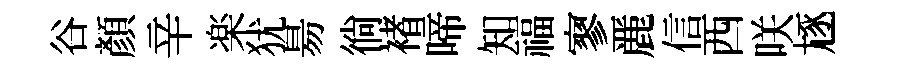
谷顔辛楽犹昜徜褚啼知福寥䴡信西咲豗